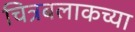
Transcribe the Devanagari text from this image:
चित्रबलाकच्या